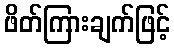
ဖိတ်ကြားချက်ဖြင့်